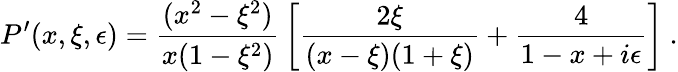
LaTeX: P^{\prime}(x,\xi,\epsilon)={\frac{(x^{2}-\xi^{2})}{x(1-\xi^{2})}}\left[{\frac{2\xi}{(x-\xi)(1+\xi)}}+{\frac{4}{1-x+i\epsilon}}\right]\ .